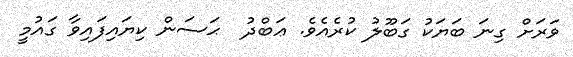
ވަރަށް ގިނަ ބަޔަކު ގަބޫލު ކުރެއެވެ. ޢަބްދު  ޙަސަން ކިޔައިފައިވާ ގައުމީ